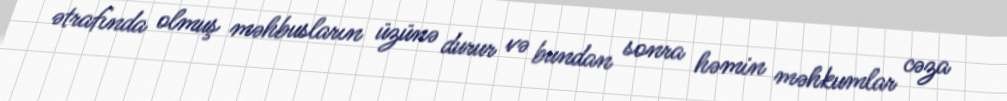
ətrafında olmuş məhbusların üzünə durur və bundan sonra həmin məhkumlar cəza